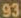
93